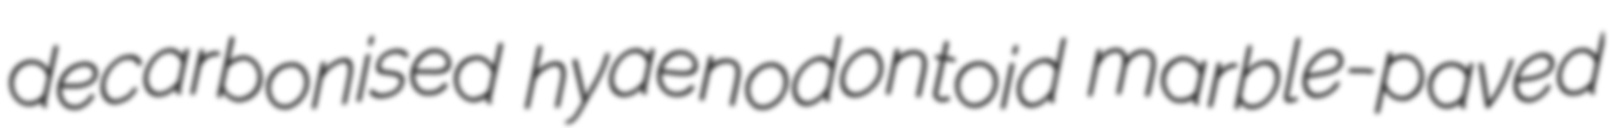
decarbonised hyaenodontoid marble-paved